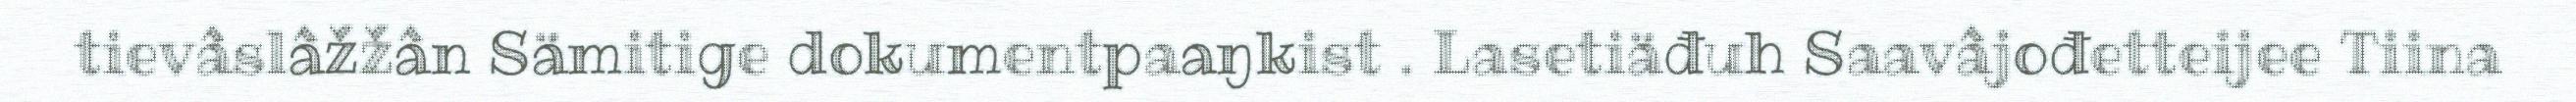
tievâslâžžân Sämitige dokumentpaaŋkist . Lasetiäđuh Saavâjođetteijee Tiina